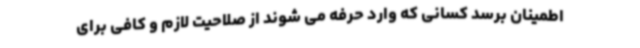
اطمینان برسد کسانی که وارد حرفه می شوند از صلاحیت لازم و کافی برای